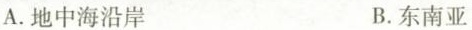
A.地中海沿岸 B.东南亚